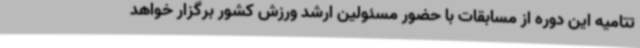
تتامیه این دوره از مسابقات با حضور مسئولین ارشد ورزش کشور برگزار خواهد